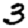
Digit: 3